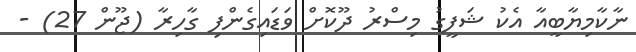
ނާކާމިޔާބީއާ އެކު ޝަފީގު މިސްރު ދޫކޮށް ވަޑައިގެންފި ގާހިރާ (ޖޫން 27) -